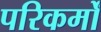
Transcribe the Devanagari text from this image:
परिकर्मों